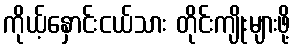
ကိုယ့်နှောင်းငယ်သား တိုင်းကျိုးများဖို့